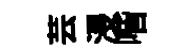
芸浸喈